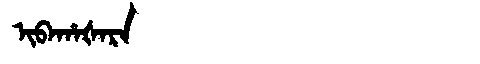
Manchu: ᡳᠪᠠᡥᠠᡧᠠᡵᠠ
Romanization: IBAHAŠARA